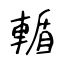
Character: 輴